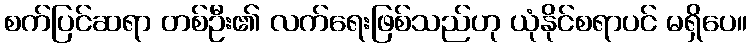
စက်ပြင်ဆရာ တစ်ဦး၏ လက်ရေးဖြစ်သည်ဟု ယုံနိုင်စရာပင် မရှိပေ။